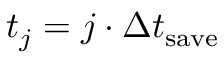
t _ { j } = j \cdot \Delta t _ { \mathrm { s a v e } }